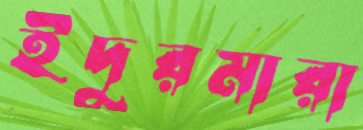
ইঁদুরমারা